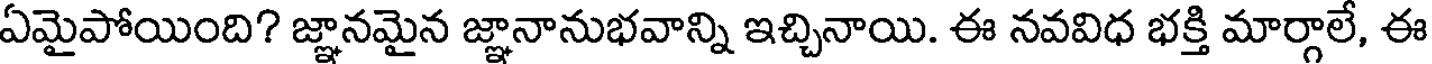
ఏమైపోయింది? జ్ఞానమైన జ్ఞానానుభవాన్ని ఇచ్చినాయి. ఈ నవవిధ భక్తి మార్గాలే, ఈ